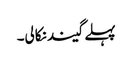
پہلے گیند نکالی۔